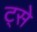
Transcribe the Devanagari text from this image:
ट्से